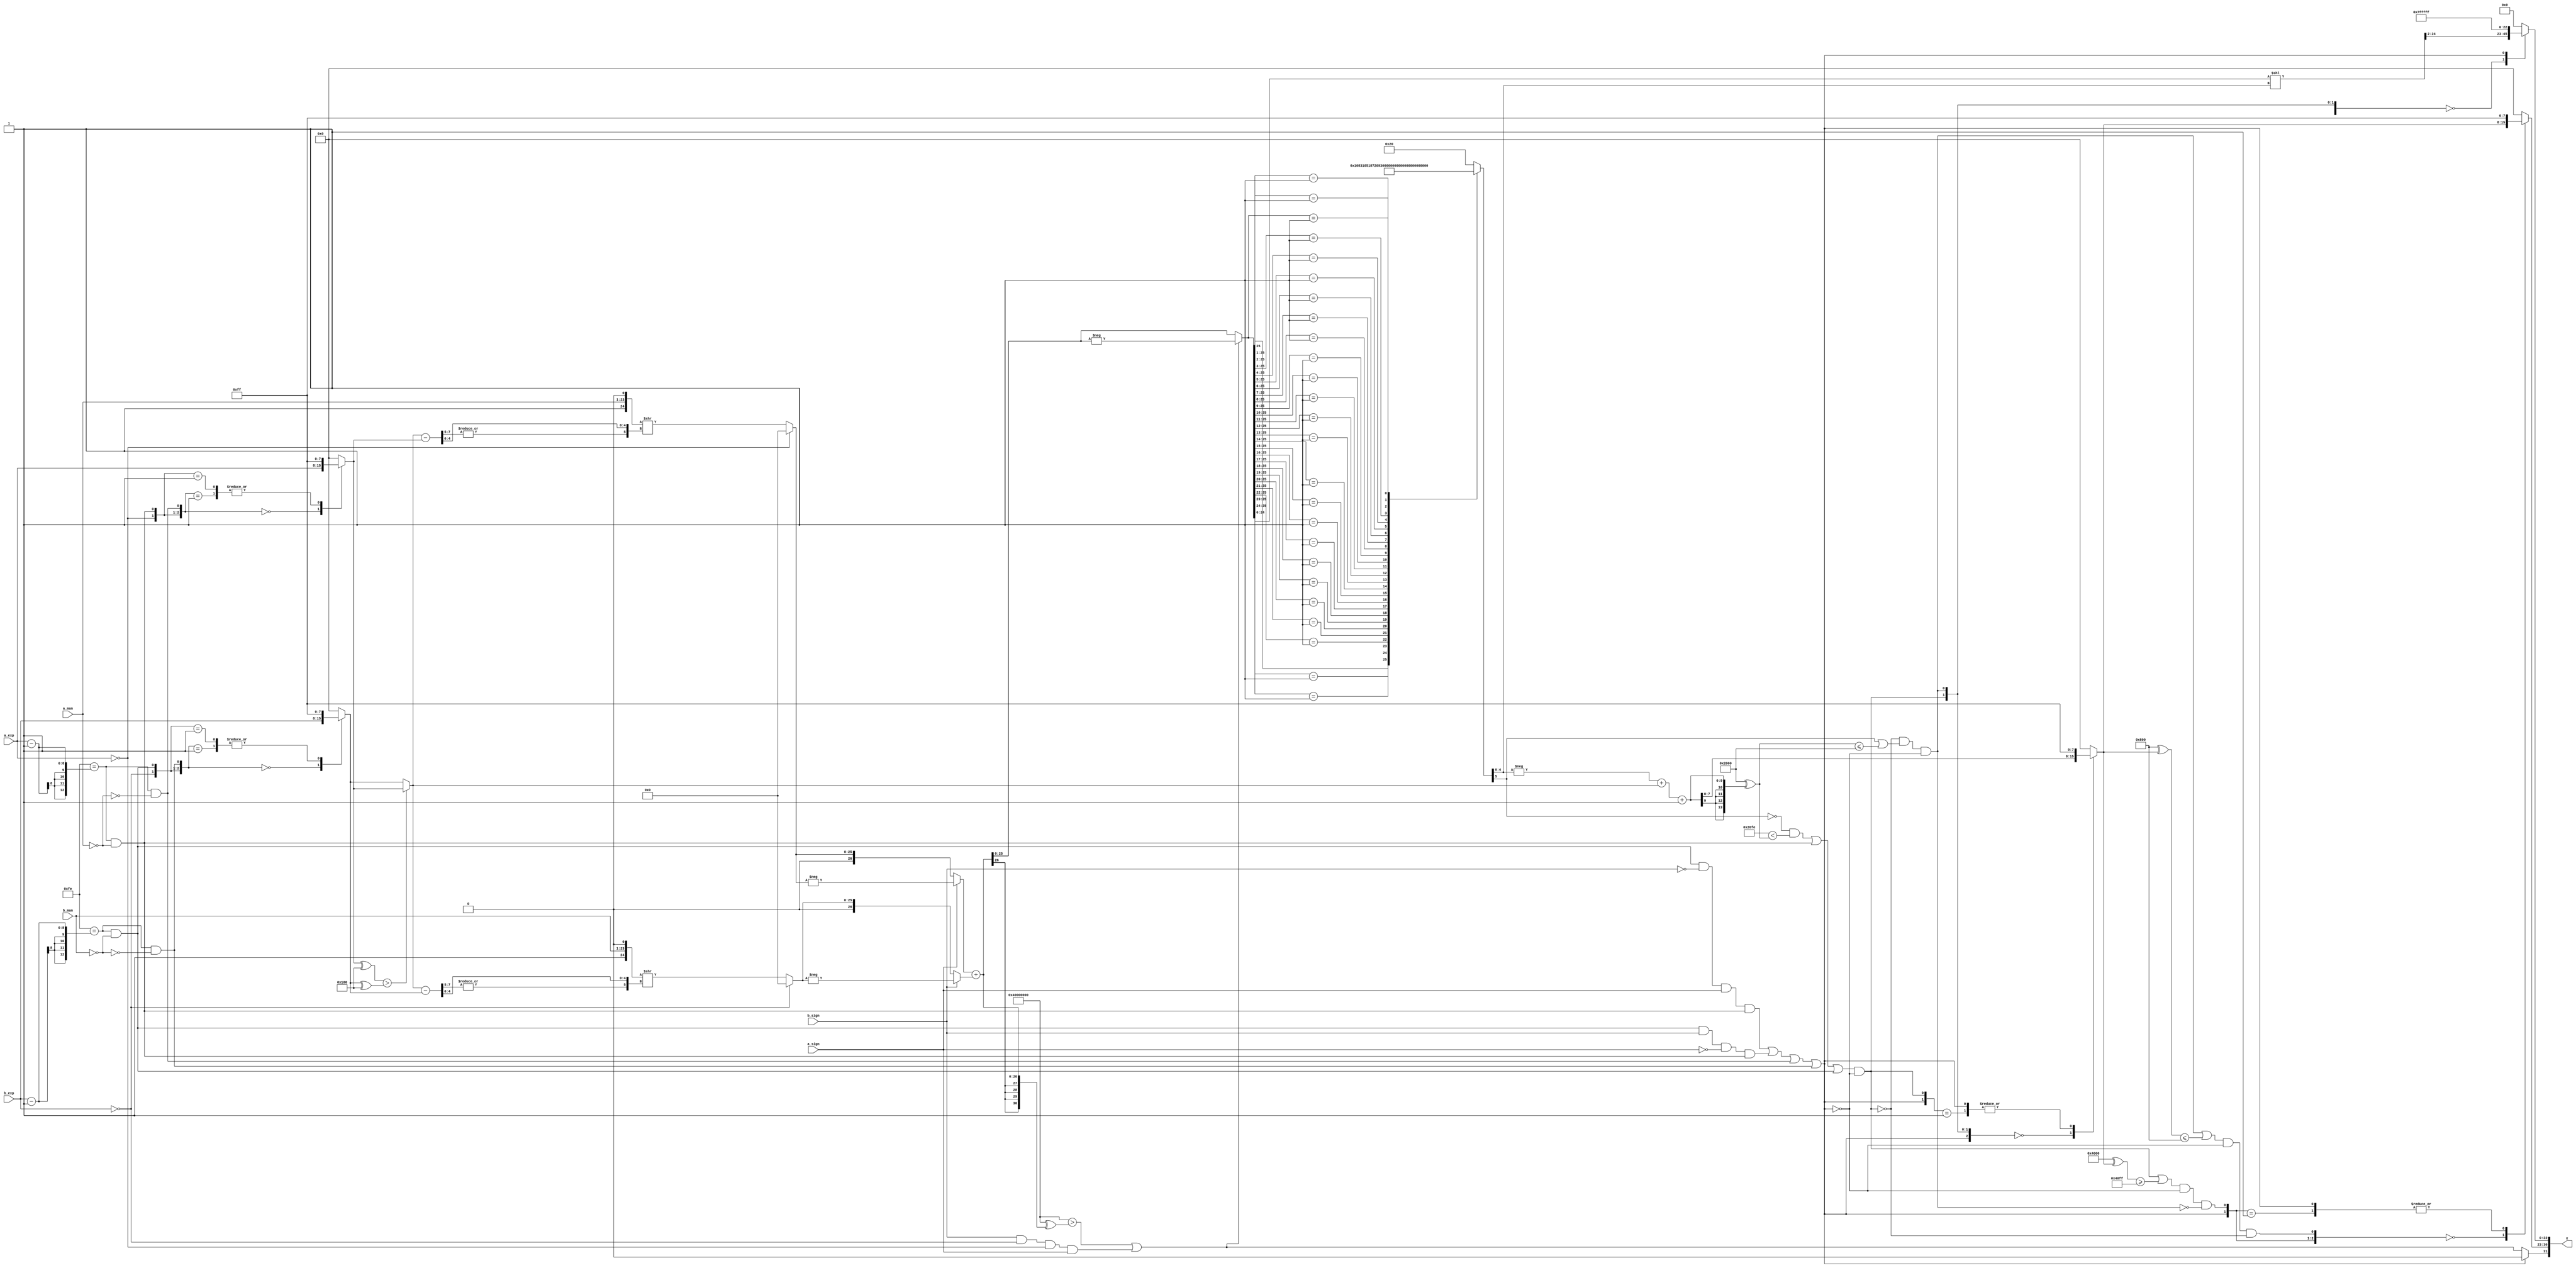
/*****************************************************************************
    Verilog RTL Description
    
    
    Created by: CellMath Designer 2019.1.01 
*******************************************************************************/

module DFT_compute_cynw_cm_float_add2_E8_M23_1 (
	a_sign,
	a_exp,
	a_man,
	b_sign,
	b_exp,
	b_man,
	x
	); /* architecture "behavioural" */ 
input  a_sign;
input [7:0] a_exp;
input [22:0] a_man;
input  b_sign;
input [7:0] b_exp;
input [22:0] b_man;
output [31:0] x;
wire  inst_cellmath__43,
	inst_cellmath__44,
	inst_cellmath__45,
	inst_cellmath__46,
	inst_cellmath__47,
	inst_cellmath__48;
wire [7:0] inst_cellmath__51,
	inst_cellmath__52;
wire [25:0] inst_cellmath__55,
	inst_cellmath__56;
wire [7:0] inst_cellmath__57,
	inst_cellmath__58,
	inst_cellmath__59;
wire [25:0] inst_cellmath__60,
	inst_cellmath__61;
wire [26:0] inst_cellmath__64,
	inst_cellmath__65,
	inst_cellmath__66;
wire  inst_cellmath__67;
wire [25:0] inst_cellmath__68;
wire [5:0] inst_cellmath__69;
wire [25:0] inst_cellmath__71;
wire  inst_cellmath__77,
	inst_cellmath__78,
	inst_cellmath__79,
	inst_cellmath__80,
	inst_cellmath__81;
wire [7:0] inst_cellmath__83;
wire  inst_cellmath__86,
	inst_cellmath__87,
	inst_cellmath__88;
wire [7:0] inst_cellmath__89;
wire [22:0] inst_cellmath__90;
wire [31:0] inst_cellmath__100;
wire [0:0] inst_cellmath__45__5,
	inst_cellmath__45__6,
	inst_cellmath__46__7,
	inst_cellmath__46__8;
wire [25:0] inst_cellmath__60__28,
	inst_cellmath__61__30;
wire [0:0] inst_cellmath__67__35,
	inst_cellmath__67__36;
wire [27:0] inst_cellmath__68__38;
wire [0:0] inst_cellmath__77__39,
	inst_cellmath__78__40,
	inst_cellmath__79__41,
	inst_cellmath__79__42,
	inst_cellmath__80__43,
	inst_cellmath__86__56,
	inst_cellmath__86__55,
	inst_cellmath__87__58,
	inst_cellmath__87__57;
wire [26:0] inst_cellmath__64__32_0,
	inst_cellmath__65__34_0;
wire [9:0] inst_cellmath__74_0;
wire [2:0] inst_cellmath__43_0,
	inst_cellmath__44_0,
	inst_cellmath__79_0,
	inst_cellmath__79_2;
wire [4:0] inst_cellmath__79_3;

assign inst_cellmath__46__7 = (13'B0000011111110==(b_exp - 13'B0000000000001));

assign inst_cellmath__46__8 = (27'B000000000000000000000000000==b_man);

assign inst_cellmath__46 = 
	(inst_cellmath__46__7)
	&(inst_cellmath__46__8);

assign inst_cellmath__45__5 = (13'B0000011111110==(a_exp - 13'B0000000000001));

assign inst_cellmath__45__6 = (27'B000000000000000000000000000==a_man);

assign inst_cellmath__45 = 
	(inst_cellmath__45__5)
	&(inst_cellmath__45__6);

assign inst_cellmath__79__42 = 
	(inst_cellmath__46)
	&((~b_sign))
	&(a_sign)
	&(inst_cellmath__45);

assign inst_cellmath__79__41 = 
	(inst_cellmath__46)
	&(b_sign)
	&((~a_sign))
	&(inst_cellmath__45);

assign inst_cellmath__47 = 
	(inst_cellmath__45__5)
	&((~inst_cellmath__45__6));

assign inst_cellmath__48 = 
	(inst_cellmath__46__7)
	&((~inst_cellmath__46__8));

assign inst_cellmath__79 = 
	(inst_cellmath__79__42)
	|(inst_cellmath__79__41)
	|(inst_cellmath__47)
	|(inst_cellmath__48);

assign inst_cellmath__43 = (12'B000000000000==a_exp);

assign inst_cellmath__55 = {2'B01,a_man,1'B0};

assign inst_cellmath__44 = (12'B000000000000==b_exp);

assign inst_cellmath__44_0 = {inst_cellmath__44,inst_cellmath__46,inst_cellmath__48};

reg [7:0] inst_cellmath__52_tmp_0;
assign inst_cellmath__52 = inst_cellmath__52_tmp_0;
always @ (inst_cellmath__44_0 or b_exp) begin
	casez (inst_cellmath__44_0)
		3'B000 : inst_cellmath__52_tmp_0 = b_exp ;
		3'B001 : inst_cellmath__52_tmp_0 = 8'B11111111 ;
		3'B01? : inst_cellmath__52_tmp_0 = 8'B11111111 ;
		default : inst_cellmath__52_tmp_0 = {8{1'b0}} ;
	endcase
end

assign inst_cellmath__43_0 = {inst_cellmath__43,inst_cellmath__45,inst_cellmath__47};

reg [7:0] inst_cellmath__51_tmp_1;
assign inst_cellmath__51 = inst_cellmath__51_tmp_1;
always @ (inst_cellmath__43_0 or a_exp) begin
	casez (inst_cellmath__43_0)
		3'B000 : inst_cellmath__51_tmp_1 = a_exp ;
		3'B001 : inst_cellmath__51_tmp_1 = 8'B11111111 ;
		3'B01? : inst_cellmath__51_tmp_1 = 8'B11111111 ;
		default : inst_cellmath__51_tmp_1 = {8{1'b0}} ;
	endcase
end

wire [8:0] inst_cellmath__57_tmp_2;
assign inst_cellmath__57_tmp_2 = inst_cellmath__52;
wire [8:0] inst_cellmath__57_tmp_3;
assign inst_cellmath__57_tmp_3 = (((inst_cellmath__51) ^ (9'B1<<8)) > (inst_cellmath__57_tmp_2 ^ (9'B1<<8))) ? inst_cellmath__51  : inst_cellmath__57_tmp_2;
assign inst_cellmath__57 = inst_cellmath__57_tmp_3;

assign inst_cellmath__58 = 
	+(inst_cellmath__57)
	-(inst_cellmath__51);

assign inst_cellmath__60__28 = inst_cellmath__55 >> {|inst_cellmath__58[7:5], inst_cellmath__58[4:0]};

reg [25:0] inst_cellmath__60_tmp_4;
assign inst_cellmath__60 = inst_cellmath__60_tmp_4;
always @ (inst_cellmath__43 or inst_cellmath__60__28) begin
	case (inst_cellmath__43)
		1'B0 : inst_cellmath__60_tmp_4 = inst_cellmath__60__28 ;
		default : inst_cellmath__60_tmp_4 = {26{1'b0}} ;
	endcase
end

assign inst_cellmath__64__32_0 = 
	-(inst_cellmath__60);

reg [26:0] inst_cellmath__64_tmp_5;
assign inst_cellmath__64 = inst_cellmath__64_tmp_5;
always @ (a_sign or inst_cellmath__60 or inst_cellmath__64__32_0) begin
	case (a_sign)
		1'B0 : inst_cellmath__64_tmp_5 = inst_cellmath__60 ;
		default : inst_cellmath__64_tmp_5 = inst_cellmath__64__32_0 ;
	endcase
end

assign inst_cellmath__56 = {2'B01,b_man,1'B0};

assign inst_cellmath__59 = 
	+(inst_cellmath__57)
	-(inst_cellmath__52);

assign inst_cellmath__61__30 = inst_cellmath__56 >> {|inst_cellmath__59[7:5], inst_cellmath__59[4:0]};

reg [25:0] inst_cellmath__61_tmp_6;
assign inst_cellmath__61 = inst_cellmath__61_tmp_6;
always @ (inst_cellmath__44 or inst_cellmath__61__30) begin
	case (inst_cellmath__44)
		1'B0 : inst_cellmath__61_tmp_6 = inst_cellmath__61__30 ;
		default : inst_cellmath__61_tmp_6 = {26{1'b0}} ;
	endcase
end

assign inst_cellmath__65__34_0 = 
	-(inst_cellmath__61);

reg [26:0] inst_cellmath__65_tmp_7;
assign inst_cellmath__65 = inst_cellmath__65_tmp_7;
always @ (b_sign or inst_cellmath__61 or inst_cellmath__65__34_0) begin
	case (b_sign)
		1'B0 : inst_cellmath__65_tmp_7 = inst_cellmath__61 ;
		default : inst_cellmath__65_tmp_7 = inst_cellmath__65__34_0 ;
	endcase
end

assign inst_cellmath__66 = 
	+(inst_cellmath__64)
	+(inst_cellmath__65);

assign inst_cellmath__67__35 = ((31'B1000000000000000000000000000000 ^ 31'B0000000000000000000000000000000)>(31'B1000000000000000000000000000000 ^ {{4{inst_cellmath__66[26]}}, inst_cellmath__66}));

assign inst_cellmath__67__36 = 
	(b_sign)
	&(inst_cellmath__44)
	&(inst_cellmath__43)
	&(a_sign);

assign inst_cellmath__67 = 
	(inst_cellmath__67__35)
	|(inst_cellmath__67__36);

reg [0:0] inst_cellmath__88_tmp_8;
assign inst_cellmath__88 = inst_cellmath__88_tmp_8;
always @ (inst_cellmath__79 or inst_cellmath__67) begin
	case (inst_cellmath__79)
		1'B0 : inst_cellmath__88_tmp_8 = inst_cellmath__67 ;
		default : inst_cellmath__88_tmp_8 = {1{1'b0}} ;
	endcase
end

assign inst_cellmath__68__38[25:0] = 
	-(inst_cellmath__66[25:0]);

reg [25:0] inst_cellmath__68_tmp_9;
assign inst_cellmath__68 = inst_cellmath__68_tmp_9;
always @ (inst_cellmath__67 or inst_cellmath__66[25:0] or inst_cellmath__68__38[25:0]) begin
	case (inst_cellmath__67)
		1'B0 : inst_cellmath__68_tmp_9 = inst_cellmath__66[25:0] ;
		default : inst_cellmath__68_tmp_9 = inst_cellmath__68__38[25:0] ;
	endcase
end

reg [5:0] inst_cellmath__69_tmp_10;
assign inst_cellmath__69 = inst_cellmath__69_tmp_10;
always @ (inst_cellmath__68) begin
	casez (inst_cellmath__68)
		26'B1????????????????????????? : inst_cellmath__69_tmp_10 = 6'B000000 ;
		26'B01???????????????????????? : inst_cellmath__69_tmp_10 = 6'B000001 ;
		26'B001??????????????????????? : inst_cellmath__69_tmp_10 = 6'B000010 ;
		26'B0001?????????????????????? : inst_cellmath__69_tmp_10 = 6'B000011 ;
		26'B00001????????????????????? : inst_cellmath__69_tmp_10 = 6'B000100 ;
		26'B000001???????????????????? : inst_cellmath__69_tmp_10 = 6'B000101 ;
		26'B0000001??????????????????? : inst_cellmath__69_tmp_10 = 6'B000110 ;
		26'B00000001?????????????????? : inst_cellmath__69_tmp_10 = 6'B000111 ;
		26'B000000001????????????????? : inst_cellmath__69_tmp_10 = 6'B001000 ;
		26'B0000000001???????????????? : inst_cellmath__69_tmp_10 = 6'B001001 ;
		26'B00000000001??????????????? : inst_cellmath__69_tmp_10 = 6'B001010 ;
		26'B000000000001?????????????? : inst_cellmath__69_tmp_10 = 6'B001011 ;
		26'B0000000000001????????????? : inst_cellmath__69_tmp_10 = 6'B001100 ;
		26'B00000000000001???????????? : inst_cellmath__69_tmp_10 = 6'B001101 ;
		26'B000000000000001??????????? : inst_cellmath__69_tmp_10 = 6'B001110 ;
		26'B0000000000000001?????????? : inst_cellmath__69_tmp_10 = 6'B001111 ;
		26'B00000000000000001????????? : inst_cellmath__69_tmp_10 = 6'B010000 ;
		26'B000000000000000001???????? : inst_cellmath__69_tmp_10 = 6'B010001 ;
		26'B0000000000000000001??????? : inst_cellmath__69_tmp_10 = 6'B010010 ;
		26'B00000000000000000001?????? : inst_cellmath__69_tmp_10 = 6'B010011 ;
		26'B000000000000000000001????? : inst_cellmath__69_tmp_10 = 6'B010100 ;
		26'B0000000000000000000001???? : inst_cellmath__69_tmp_10 = 6'B010101 ;
		26'B00000000000000000000001??? : inst_cellmath__69_tmp_10 = 6'B010110 ;
		26'B000000000000000000000001?? : inst_cellmath__69_tmp_10 = 6'B010111 ;
		26'B0000000000000000000000001? : inst_cellmath__69_tmp_10 = 6'B011000 ;
		26'B00000000000000000000000001 : inst_cellmath__69_tmp_10 = 6'B011001 ;
		default : inst_cellmath__69_tmp_10 = 6'B100000 ;
	endcase
end

wire [9:0] inst_cellmath__74_0_tmp_11;
assign inst_cellmath__74_0_tmp_11 = 
	-(inst_cellmath__69[4:0])
	+(inst_cellmath__57);
assign inst_cellmath__74_0 = inst_cellmath__74_0_tmp_11
	+(10'B0000000001);

assign inst_cellmath__77__39 = ((14'B10000000000000 ^ 14'B00000011111110)<(14'B10000000000000 ^ {{4{inst_cellmath__74_0[9]}}, inst_cellmath__74_0}));

assign inst_cellmath__77 = 
	((~inst_cellmath__69[5]))
	&(inst_cellmath__77__39);

assign inst_cellmath__80__43 = 
	(inst_cellmath__77)
	|(inst_cellmath__45)
	|(inst_cellmath__46);

assign inst_cellmath__80 = 
	(inst_cellmath__80__43)
	&((~inst_cellmath__79));

assign inst_cellmath__78__40 = ((14'B10000000000000 ^ {{4{inst_cellmath__74_0[9]}}, inst_cellmath__74_0})<=(14'B10000000000000 ^ 14'B00000000000000));

assign inst_cellmath__78 = 
	(inst_cellmath__69[5])
	|(inst_cellmath__78__40);

assign inst_cellmath__81 = 
	((~inst_cellmath__80))
	&(inst_cellmath__78)
	&((~inst_cellmath__79));

assign inst_cellmath__79_0 = {inst_cellmath__79,inst_cellmath__80,inst_cellmath__81};

reg [7:0] inst_cellmath__83_tmp_12;
assign inst_cellmath__83 = inst_cellmath__83_tmp_12;
always @ (inst_cellmath__79_0 or inst_cellmath__74_0[7:0]) begin
	casez (inst_cellmath__79_0)
		3'B000 : inst_cellmath__83_tmp_12 = inst_cellmath__74_0[7:0] ;
		3'B01? : inst_cellmath__83_tmp_12 = 8'B11111111 ;
		3'B1?? : inst_cellmath__83_tmp_12 = 8'B11111111 ;
		default : inst_cellmath__83_tmp_12 = {8{1'b0}} ;
	endcase
end

assign inst_cellmath__86__56 = ((15'B100000000000000 ^ inst_cellmath__83)>=(15'B100000000000000 ^ 15'B000000011111111));

assign inst_cellmath__86__55 = 
	(inst_cellmath__80)
	|(inst_cellmath__86__56);

assign inst_cellmath__86 = 
	(inst_cellmath__86__55)
	&((~inst_cellmath__79))
	&((~inst_cellmath__81));

assign inst_cellmath__87__58 = ((12'B100000000000 ^ inst_cellmath__83)<=(12'B100000000000 ^ 12'B000000000000));

assign inst_cellmath__87__57 = 
	(inst_cellmath__81)
	|(inst_cellmath__87__58);

assign inst_cellmath__87 = 
	(inst_cellmath__87__57)
	&((~inst_cellmath__79))
	&((~inst_cellmath__80));

assign inst_cellmath__79_2 = {inst_cellmath__79,inst_cellmath__86,inst_cellmath__87};

reg [7:0] inst_cellmath__89_tmp_13;
assign inst_cellmath__89 = inst_cellmath__89_tmp_13;
always @ (inst_cellmath__79_2 or inst_cellmath__83) begin
	casez (inst_cellmath__79_2)
		3'B000 : inst_cellmath__89_tmp_13 = inst_cellmath__83 ;
		3'B01? : inst_cellmath__89_tmp_13 = 8'B11111111 ;
		3'B1?? : inst_cellmath__89_tmp_13 = 8'B11111111 ;
		default : inst_cellmath__89_tmp_13 = {8{1'b0}} ;
	endcase
end

assign inst_cellmath__79_3 = {inst_cellmath__79,inst_cellmath__86,inst_cellmath__87,inst_cellmath__80,inst_cellmath__81};

assign inst_cellmath__71[24:0] = inst_cellmath__68[24:0] << inst_cellmath__69[4:0];

reg [22:0] inst_cellmath__90_tmp_14;
assign inst_cellmath__90 = inst_cellmath__90_tmp_14;
always @ (inst_cellmath__79_3 or inst_cellmath__71[24:2]) begin
	casez (inst_cellmath__79_3)
		5'B00000 : inst_cellmath__90_tmp_14 = inst_cellmath__71[24:2] ;
		5'B1???? : inst_cellmath__90_tmp_14 = 23'B11111111111111111111111 ;
		default : inst_cellmath__90_tmp_14 = {23{1'b0}} ;
	endcase
end

assign inst_cellmath__100 = {inst_cellmath__88,inst_cellmath__89,inst_cellmath__90};

assign x = inst_cellmath__100;
endmodule

/* CADENCE  urTwTQrfqQ== : u9/ySgnWtBlWxVPRXgAZ4Og= ** DO NOT EDIT THIS LINE **/